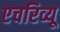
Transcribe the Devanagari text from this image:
एचरिव्यू